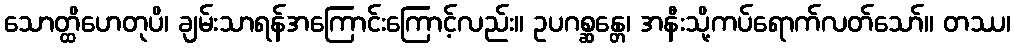
သောတ္ထိဟေတုပိ၊ ချမ်းသာရန်အကြောင်းကြောင့်လည်း။ ဥပဂစ္ဆန္တေ၊ အနီးသို့ကပ်ရောက်လတ်သော်။ တဿ၊